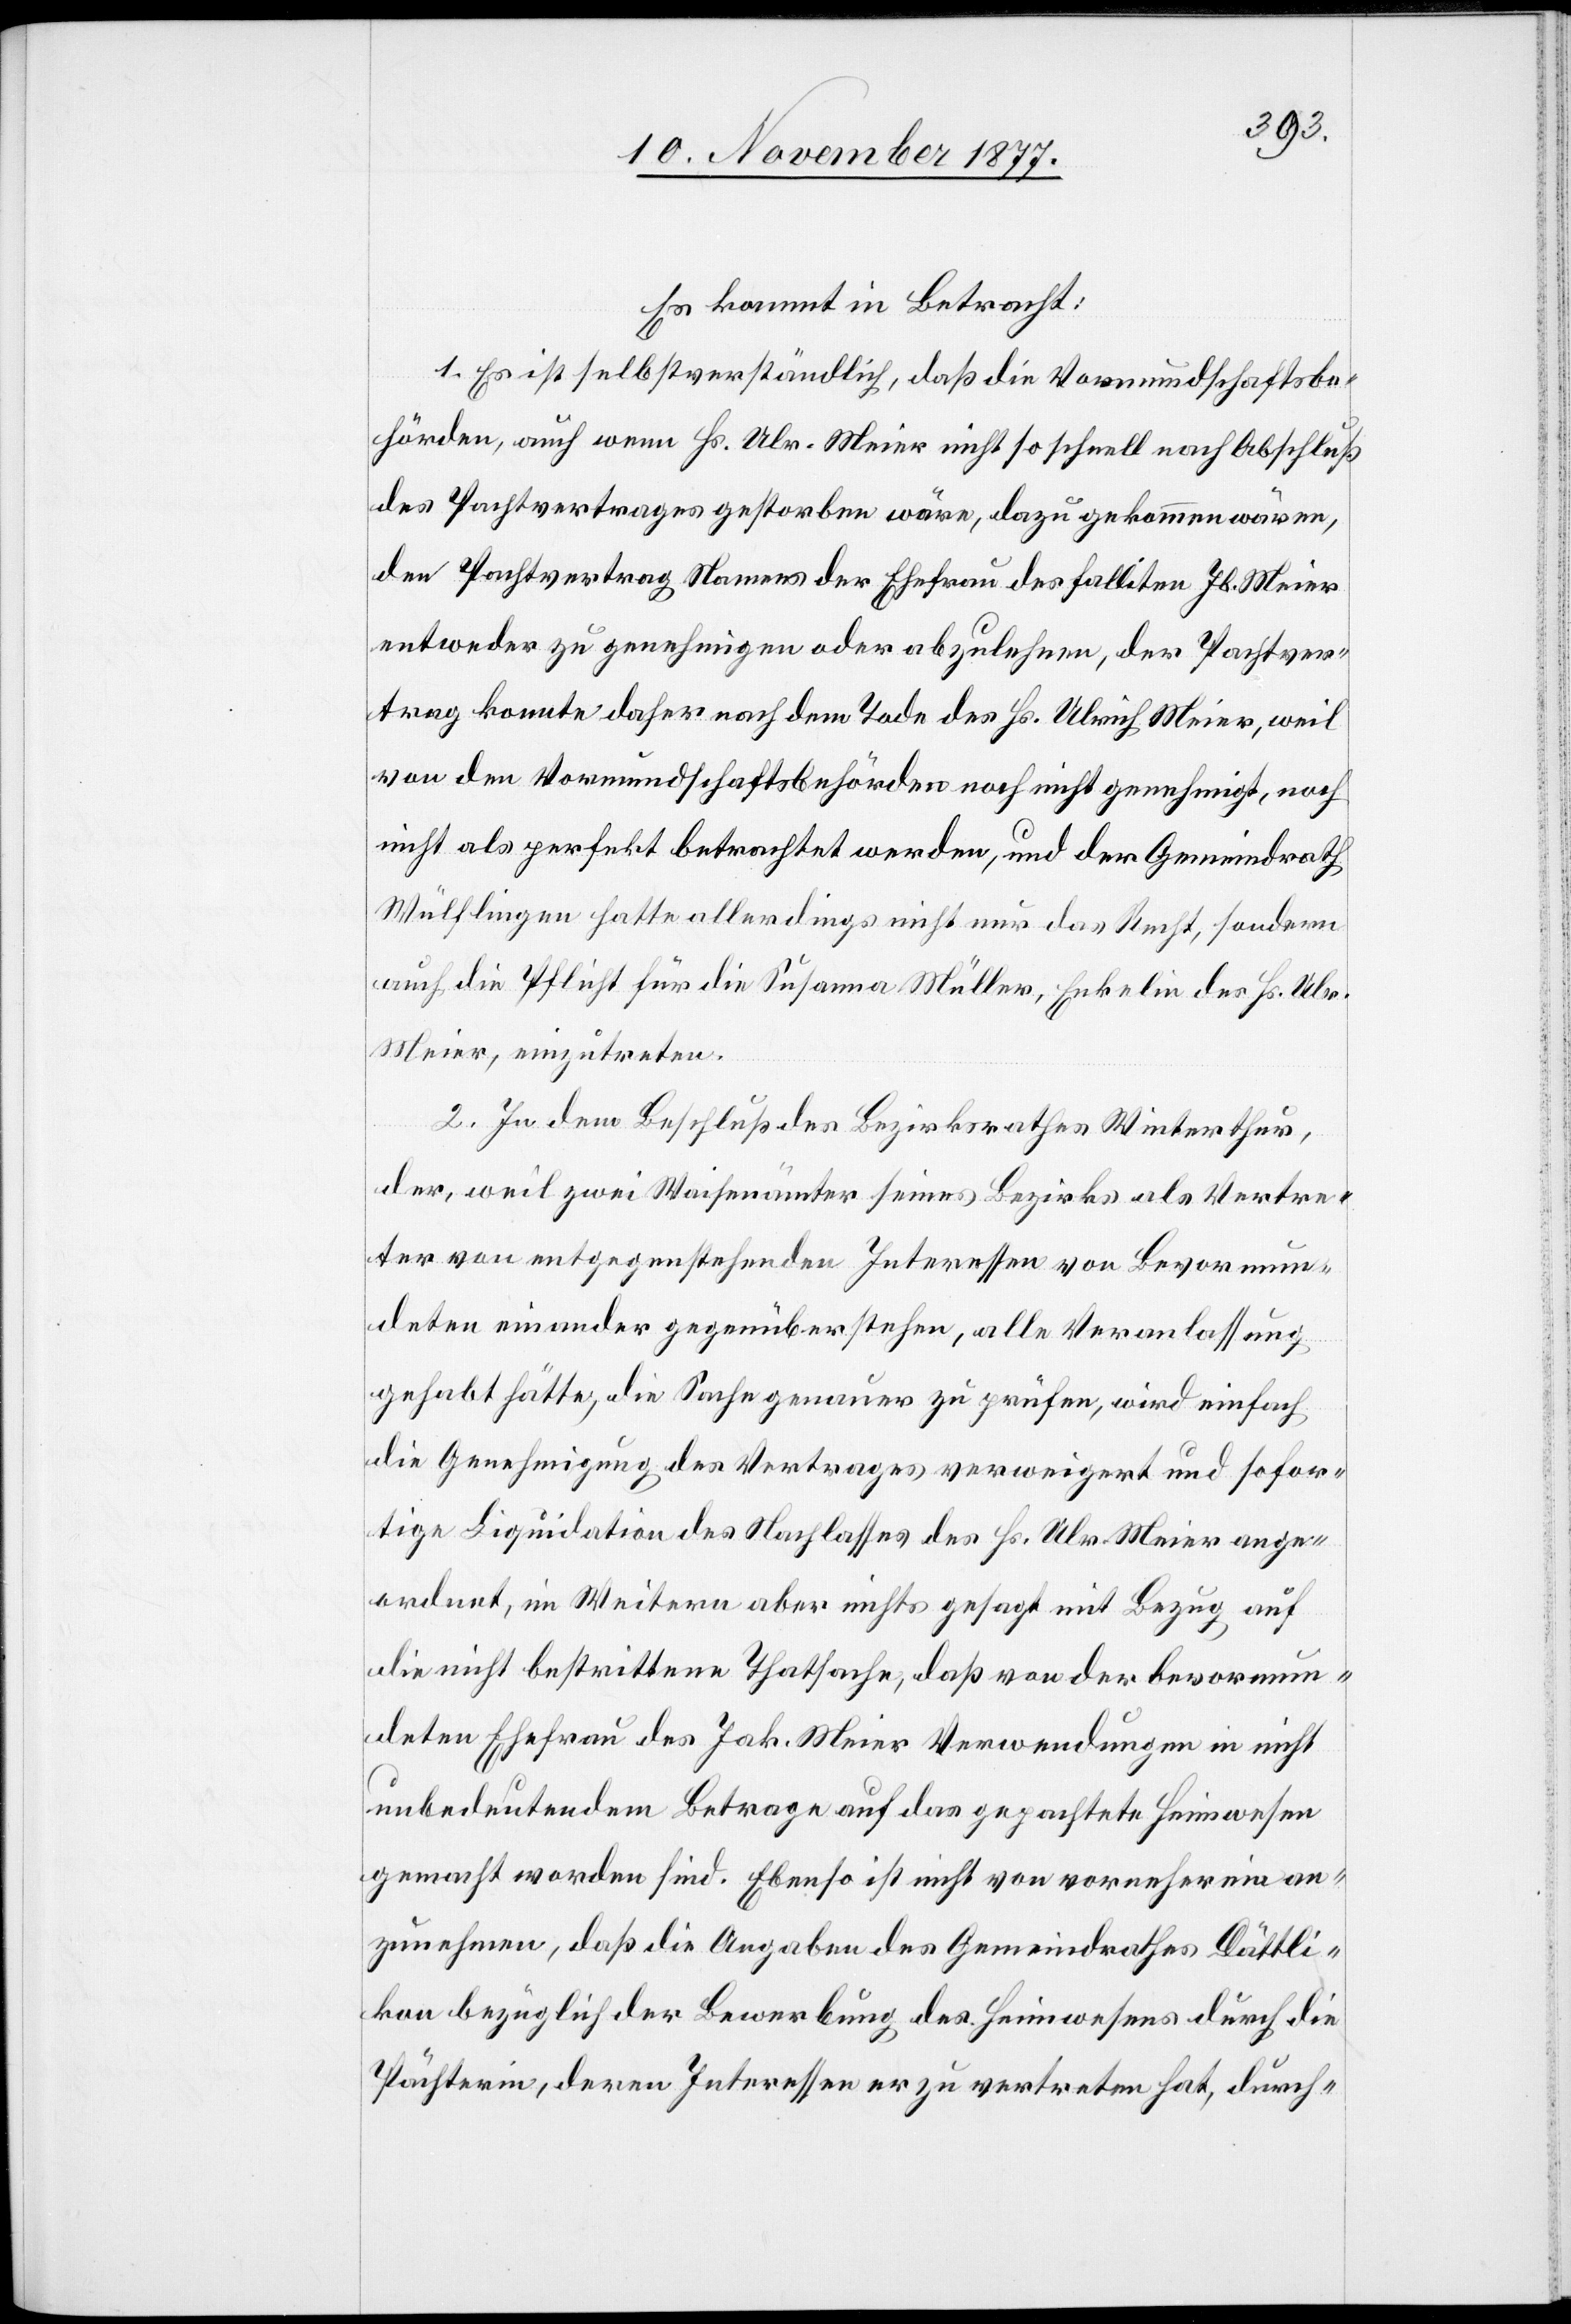
Es kommt in Betracht:
1. Es ist selbstverständlich, daß die Vormundschaftsbe¬
hörden, auch wenn Hs. Ulr. Meier nicht so schnell nach Abschluß
des Pachtvertrages gestorben wäre, dazu gekommen wären,
den Pachtvertrag Namens der Ehefrau des falliten Jb. Meier
entweder zu genehmigen oder abzulehnen, der Pachtver¬
trag konnte daher nach dem Tode des Hs. Ulrich Meier, weil
von den Vormundschaftsbehörden noch nicht genehmigt, noch
nicht als perfekt betrachtet werden, und der Gemeindrath
Wülflingen hatte allerdings nicht nur das Recht, sondern
auch die Pflicht für die Susanna Müller, Enkelin des Hs. Ulr.
Meier, einzutreten.
2. In dem Beschluß des Bezirksrathes Winterthur,
der, weil zwei Waisenämter seines Bezirks als Vertre¬
ter von entgegenstehenden Interessen von Bevormun¬
deten einander gegenüberstehen, alle Veranlassung
gehabt hätte, die Sache genauer zu prüfen, wird einfach
die Genehmigung des Vertrages verweigert und sofor¬
tige Liquidation des Nachlasses des Hs. Ulr. Meier ange¬
ordnet, im Weitern aber nichts gesagt mit Bezug auf
die nicht bestrittene Thatsache, daß von der bevormun¬
deten Ehefrau des Jak. Meier Verwendungen in nicht
unbedeutendem Betrage auf das gepachtete Heimwesen
gemacht worden sind. Ebenso ist nicht von vorneherein an¬
zunehmen, daß die Angaben des Gemeindrathes Dättli¬
kon bezüglich der Bewerbung des Heimwesens durch die
Pächterin, deren Interessen er zu vertreten hat, durch-